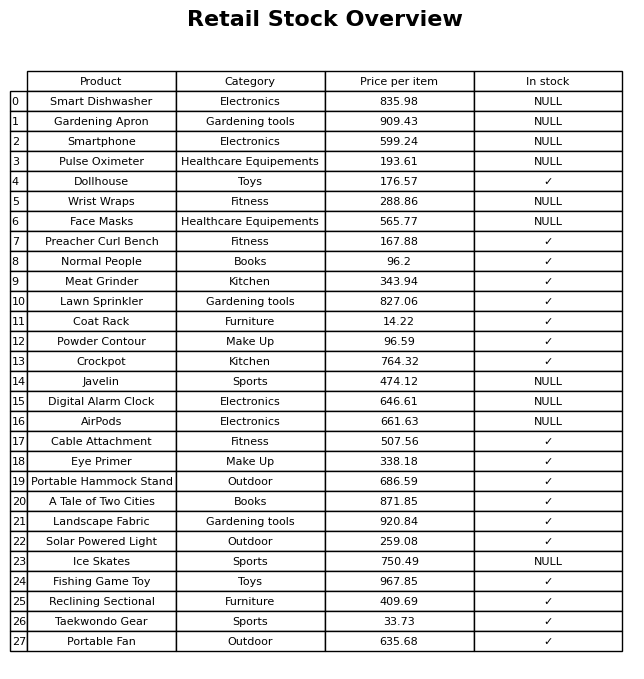
question: What is the price of the Smart Dishwasher?
answer: The price of Smart Dishwasher is 835.98.